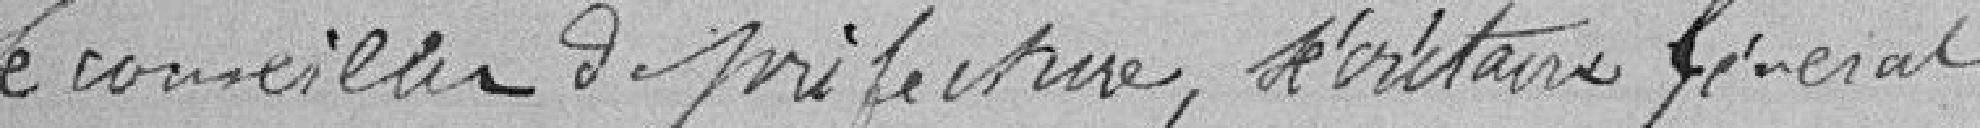
Le conseiller en préfecture, secrétaire général